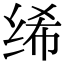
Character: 𫄨